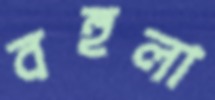
বহুলা